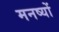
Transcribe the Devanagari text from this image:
मनष्यों